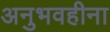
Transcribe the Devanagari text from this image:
अनुभवहीना